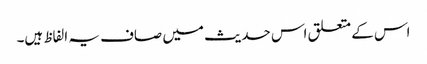
اس کے متعلق اس حدیث میں صاف یہ الفاظ ہیں۔